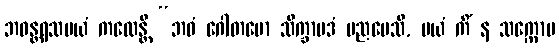
ဘဝန္တရသမယံ ကထေန္တိ “ဘဝံ ဂေါတမော သိက္ခာပဒံ ပညပေသိ, မယံ ကိံ န သက္ကောမ